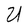
Character: U